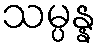
သမ္ပန္န